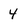
Character: 4